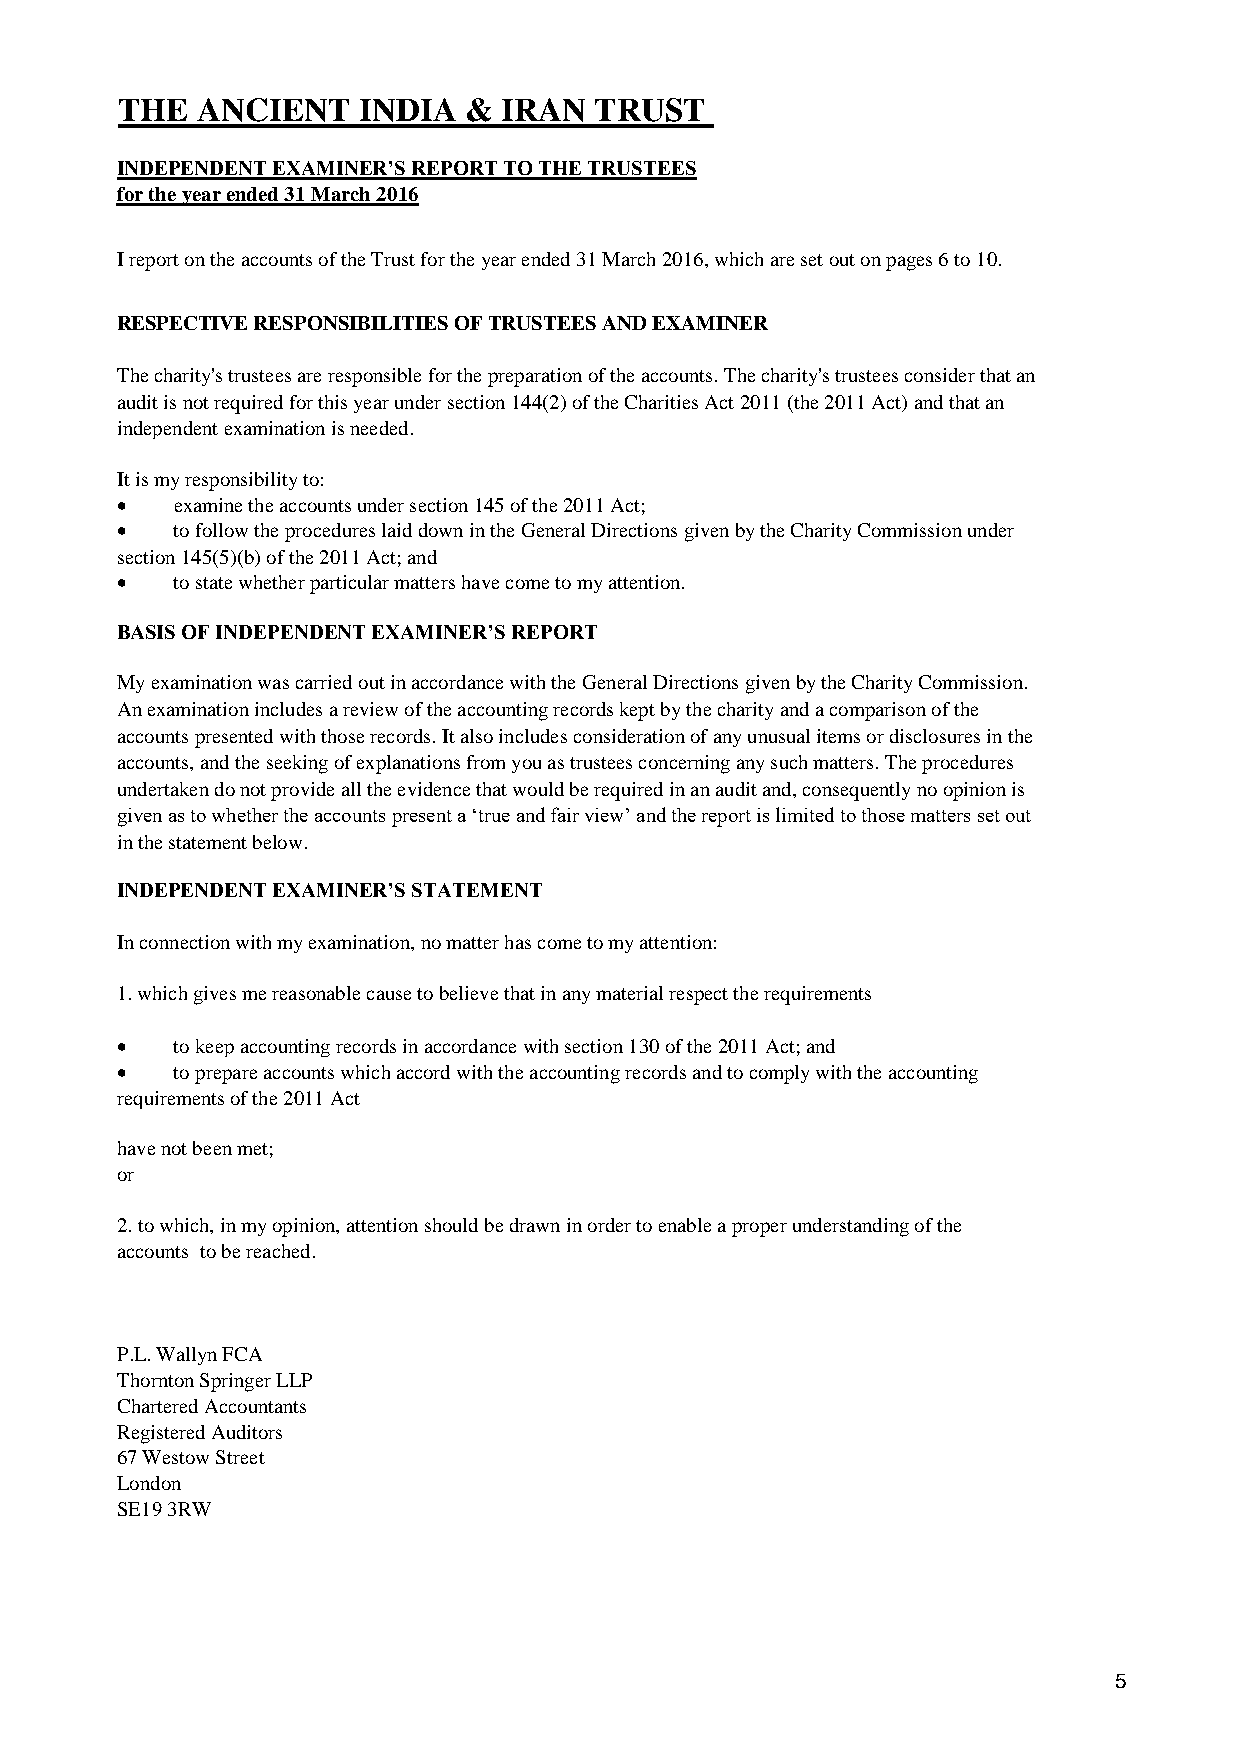
THE  ANCIENT    INDIA  & IRAN  TRUST
 INDEPENDENT EXAMINER’S REPORT TO THE TRUSTEES
 for the year ended 31 March 2016
 I report on the accounts of the Trust for the year ended 31 March 2016, which are set out on pages 6 to 10.
 RESPECTIVE RESPONSIBILITIES OF TRUSTEES AND EXAMINER
 The charity's trustees are responsible for the preparation of the accounts. The charity's trustees consider that an
 audit is not required for this year under section 144(2) of the Charities Act 2011 (the 2011 Act) and that an
 independent examination is needed.
 It is my responsibility to:
   examine the accounts under section 145 of the 2011 Act;
   to follow the procedures laid down in the General Directions given by the Charity Commission under
 section 145(5)(b) of the 2011 Act; and
   to state whether particular matters have come to my attention.
 BASIS OF INDEPENDENT EXAMINER’S REPORT
 My examination was carried out in accordance with the General Directions given by the Charity Commission.
 An examination includes a review of the accounting records kept by the charity and a comparison of the
 accounts presented with those records. It also includes consideration of any unusual items or disclosures in the
 accounts, and the seeking of explanations from you as trustees concerning any such matters. The procedures
 undertaken do not provide all the evidence that would be required in an audit and, consequently no opinion is
 given as to whether the accounts present a ‘true and fair view’ and the report is limited to those matters set out
 in the statement below.
 INDEPENDENT EXAMINER’S STATEMENT
 In connection with my examination, no matter has come to my attention:
 1. which gives me reasonable cause to believe that in any material respect the requirements
   to keep accounting records in accordance with section 130 of the 2011 Act; and
   to prepare accounts which accord with the accounting records and to comply with the accounting
 requirements of the 2011 Act
 have not been met;
 or
 2. to which, in my opinion, attention should be drawn in order to enable a proper understanding of the
 accounts to be reached.
 P.L. Wallyn FCA
 Thornton Springer LLP
 Chartered Accountants
 Registered Auditors
 67 Westow Street
 London
 SE19 3RW
 5